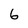
Character: 6